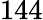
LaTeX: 144